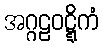
အဂ္ဂဠဝဋ္ဋိကံ